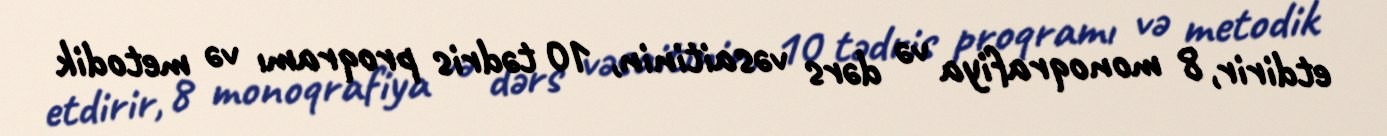
etdirir, 8 monoqrafiya və dərs vəsaitinin, 10 tədris proqramı və metodik